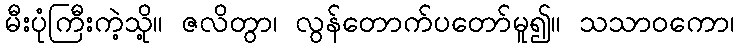
မီးပုံကြီးကဲ့သို့။ ဇလိတွာ၊ လွန်တောက်ပတော်မူ၍။ သသာဝကော၊